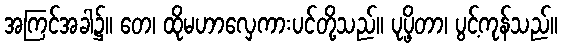
အကြင်အခါ၌။ တေ၊ ထိုမဟာလှေကားပင်တို့သည်။ ပုပ္ဖိတာ၊ ပွင့်ကုန်သည်။